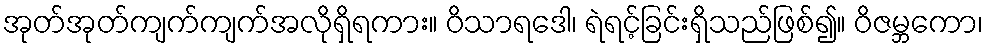
အုတ်အုတ်ကျက်ကျက်အလိုရှိရကား။ ဝိသာရဒေါ၊ ရဲရင့်ခြင်းရှိသည်ဖြစ်၍။ ဝိဇမ္ဘကော၊